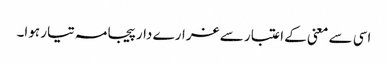
اسی سے معنی کے اعتبار سے غرارے دار پیجامہ تیار ہوا۔